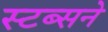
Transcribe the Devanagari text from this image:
स्टब्सने